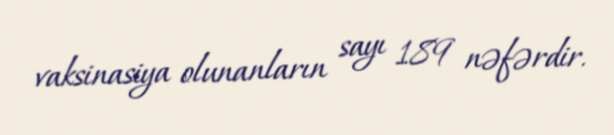
vaksinasiya olunanların sayı 189 nəfərdir.